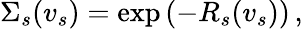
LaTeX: \Sigma_{s}(v_{s})=\exp\left(-R_{s}(v_{s})\right)\, ,